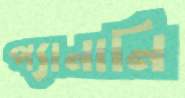
প্যানানি